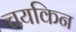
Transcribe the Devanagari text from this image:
चयकिन